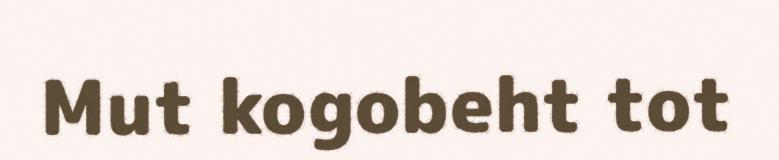
Mut kogobeht tot